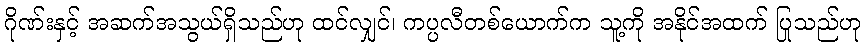
ဂိုဏ်းနှင့် အဆက်အသွယ်ရှိသည်ဟု ထင်လျှင်၊ ကပ္ပလီတစ်ယောက်က သူ့ကို အနိုင်အထက် ပြုသည်ဟု